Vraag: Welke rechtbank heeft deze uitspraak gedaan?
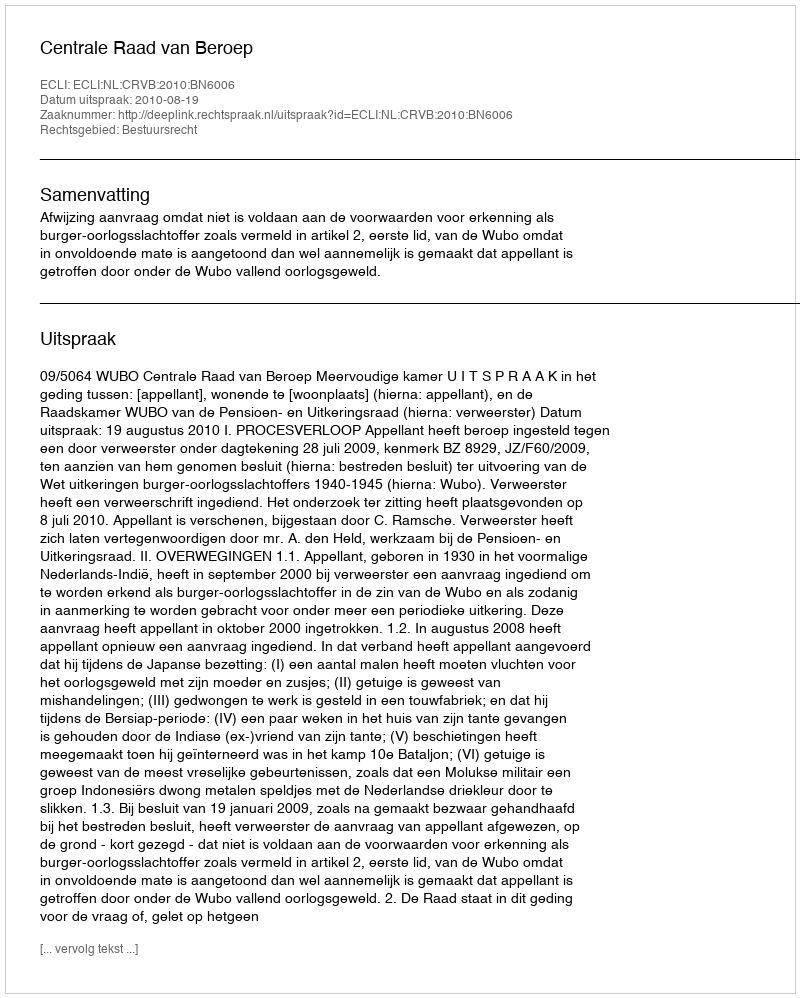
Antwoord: Centrale Raad van Beroep